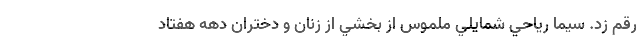
رقم زد. سيما رياحي شمايلي ملموس از بخشي از زنان و دختران دهه هفتاد